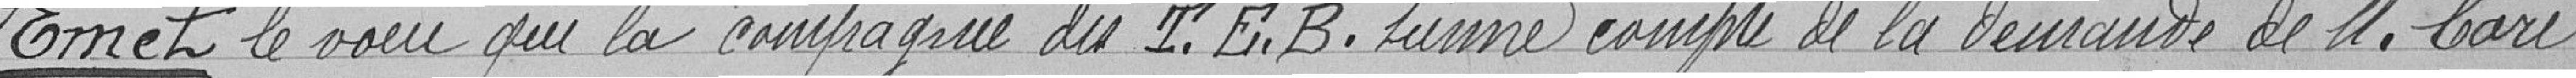
Émet le vœu que la compagnie du T.E.B. tienne compte de la demande de M. Coré